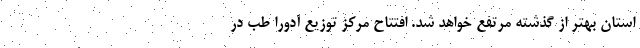
استان بهتر از گذشته مرتفع خواهد شد. افتتاح مرکز توزیع آدورا طب در